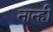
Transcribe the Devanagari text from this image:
नान्ही